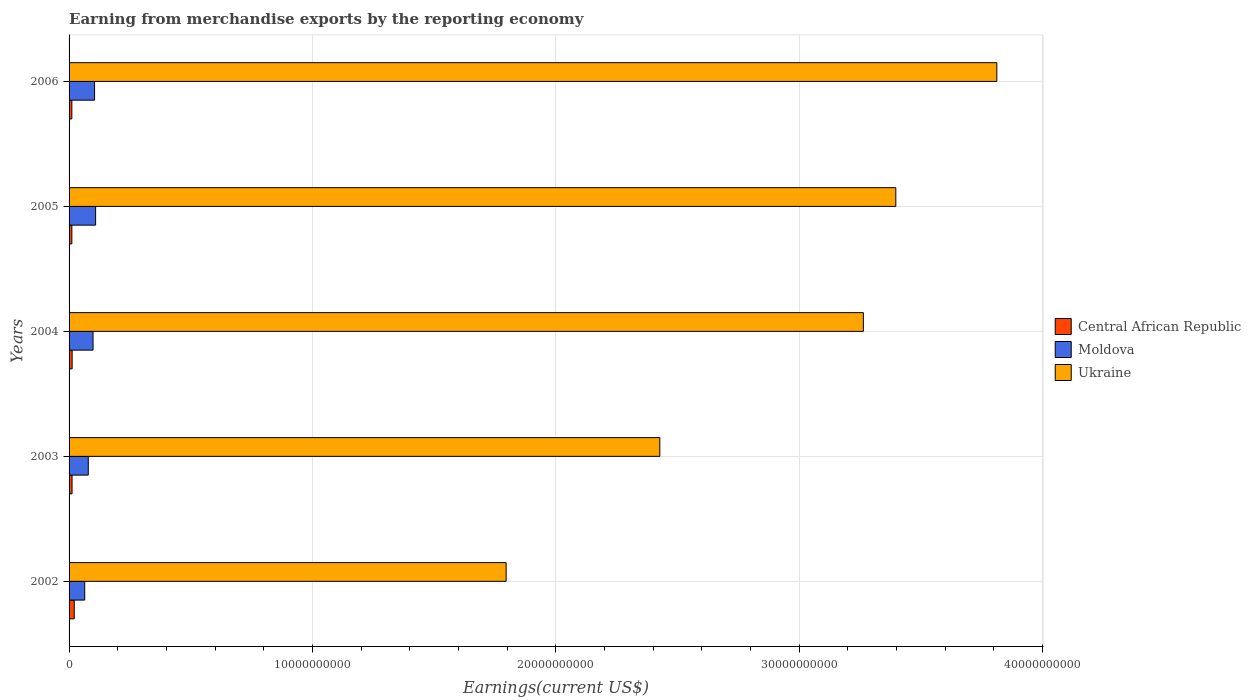
| Years | Central African Republic | Moldova | Ukraine |
 | --- | --- | --- | --- |
 | 2002 | 2.12e+08 | 6.43e+08 | 1.8e+10 |
 | 2003 | 1.22e+08 | 7.9e+08 | 2.43e+10 |
 | 2004 | 1.26e+08 | 9.85e+08 | 3.26e+10 |
 | 2005 | 1.14e+08 | 1.09e+09 | 3.4e+10 |
 | 2006 | 1.14e+08 | 1.05e+09 | 3.81e+10 |